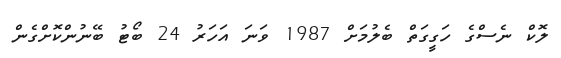
ލޮކް ނެސްގެ ހަގީގަތް ބެލުމަށް 1987 ވަނަ އަހަރު 24 ބޯޓު ބޭނުންކޮށްގެން